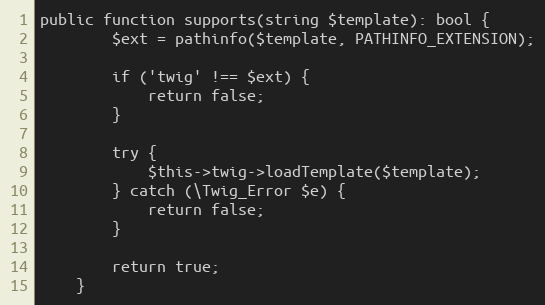
Language: PHP
public function supports(string $template): bool {
        $ext = pathinfo($template, PATHINFO_EXTENSION);

        if ('twig' !== $ext) {
            return false;
        }

        try {
            $this->twig->loadTemplate($template);
        } catch (\Twig_Error $e) {
            return false;
        }

        return true;
    }